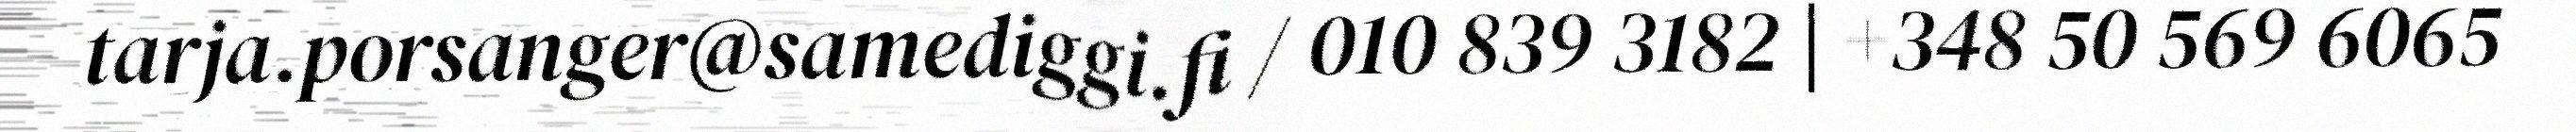
tarja.porsanger@samediggi.fi / 010 839 3182 | +348 50 569 6065